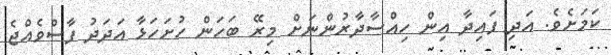
ކަމަށެވެ. އަދި ފައިދާ އިން ހިއްސާދާރުންނަށް މިރޭ ބަހަން ހުށަހަޅާ އަދަދު ފާސްވެއްޖެ